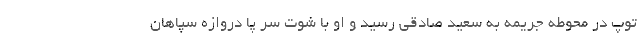
توپ در محوطه جریمه به سعید صادقی رسید و او با شوت سر پا دروازه سپاهان